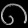
Digit: ၈